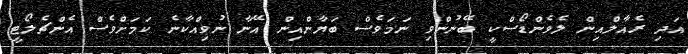
އަދި ރެއާލްއިން ލެވެންޑޯސްކީ ބޭނުންވި ނަމަވެސް ބަޔާންއިން އޭނާ ނުވިއްކާނެ ކަމަށްވެސް އެންޗެލޯޓީ